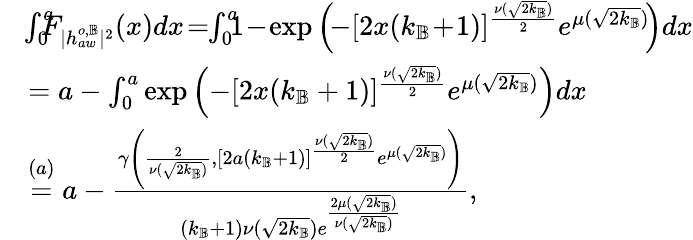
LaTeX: \begin{array}{rl}&{\! \int_{0}^{a}\! \! \! \! F_{|h_{aw}^{o,\mathbb{B}}|^{2}}(x)dx\! =\! \! \int_{0}^{a}\! \! \! 1\! -\! \exp{\left(\! -[2x(k_{\mathbb{B}}\! +\! 1)]^{\frac{\nu(\sqrt{2k_{\mathbb{B}}})}{2}}e^{\mu(\sqrt{2k_{\mathbb{B}}})}\! \right)}dx}\\ &{=a-\int_{0}^{a}\exp{\left(-[2x(k_{\mathbb{B}}+1)]^{\frac{\nu(\sqrt{2k_{\mathbb{B}}})}{2}}e^{\mu(\sqrt{2k_{\mathbb{B}}})}\right)}dx}\\ &{\overset{(a)}{=}a-\frac{\gamma\left(\frac{2}{\nu(\sqrt{2k_{\mathbb{B}}})},[2a(k_{\mathbb{B}}+1)]^{\frac{\nu(\sqrt{2k_{\mathbb{B}}})}{2}}e^{\mu(\sqrt{2k_{\mathbb{B}}})}\right)}{(k_{\mathbb{B}}+1)\nu(\sqrt{2k_{\mathbb{B}}})e^{\frac{2\mu(\sqrt{2k_{\mathbb{B}}})}{\nu(\sqrt{2k_{\mathbb{B}}})}}},}\end{array}